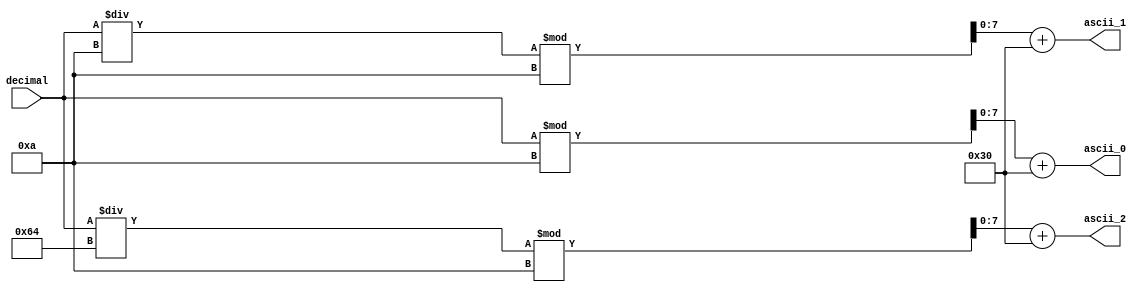
module DecimalToASCII(
    input [10:0] decimal,
    output reg [7:0] ascii_0, ascii_1, ascii_2
);


always @* begin
		  ascii_0 = decimal % 10 + 48;
		  ascii_1 = (decimal / 10) % 10 + 48;
		  ascii_2 = (decimal / 100) % 10 + 48;
end


endmodule